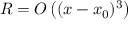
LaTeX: R = O \left( ( x - x _ { 0 } ) ^ { 3 } \right)